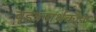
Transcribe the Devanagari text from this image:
बृहत्रनार्थकोश